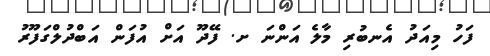
ފަހު މިއަދު އެނބުރި މާލެ އަންނަ ށ. ފޭދޫ އަށް އުފަން އަބްދުލްގަފޫރު